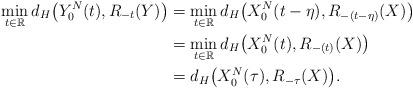
LaTeX: \begin{align*}\min_{t\in\mathbb{R}}d_H\bigl(Y_0^{N}(t),R_{-t}(Y)\bigr)&=\min_{t\in\mathbb{R}}d_H\bigl(X_0^{N}(t-\eta),R_{-(t-\eta)}(X)\bigr)\\&=\min_{t\in\mathbb{R}}d_H\bigl(X_0^{N}(t),R_{-(t)}(X)\bigr)\\&=d_H\bigl(X_0^{N}(\tau),R_{-\tau}(X)\bigr).\end{align*}